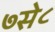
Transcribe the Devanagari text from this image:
७से८